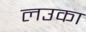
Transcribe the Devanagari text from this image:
लउका